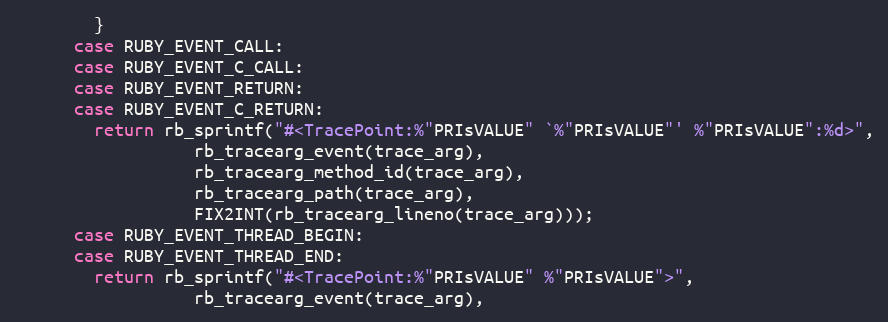
Language: C
	    }
	  case RUBY_EVENT_CALL:
	  case RUBY_EVENT_C_CALL:
	  case RUBY_EVENT_RETURN:
	  case RUBY_EVENT_C_RETURN:
	    return rb_sprintf("#<TracePoint:%"PRIsVALUE" `%"PRIsVALUE"' %"PRIsVALUE":%d>",
			      rb_tracearg_event(trace_arg),
			      rb_tracearg_method_id(trace_arg),
			      rb_tracearg_path(trace_arg),
			      FIX2INT(rb_tracearg_lineno(trace_arg)));
	  case RUBY_EVENT_THREAD_BEGIN:
	  case RUBY_EVENT_THREAD_END:
	    return rb_sprintf("#<TracePoint:%"PRIsVALUE" %"PRIsVALUE">",
			      rb_tracearg_event(trace_arg),